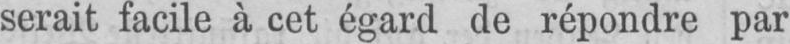
serait facile à cet égard de répondre par